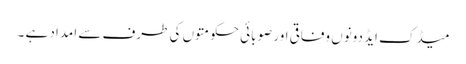
میڈک ایڈ دونوں وفاقی اور صوبائی حکومتوں کی طرف سے امداد ہے ۔